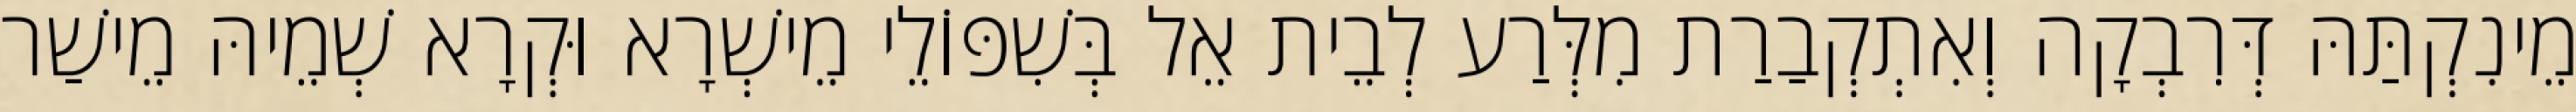
מֵינִקְתַּהּ דְּרִבְקָה וְאִתְקְבַרַת מִלְּרַע לְבֵית אֵל בְּשִׁפּוֹלֵי מֵישְׁרָא וּקְרָא שְׁמֵיהּ מֵישַׁר